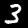
Label: 3